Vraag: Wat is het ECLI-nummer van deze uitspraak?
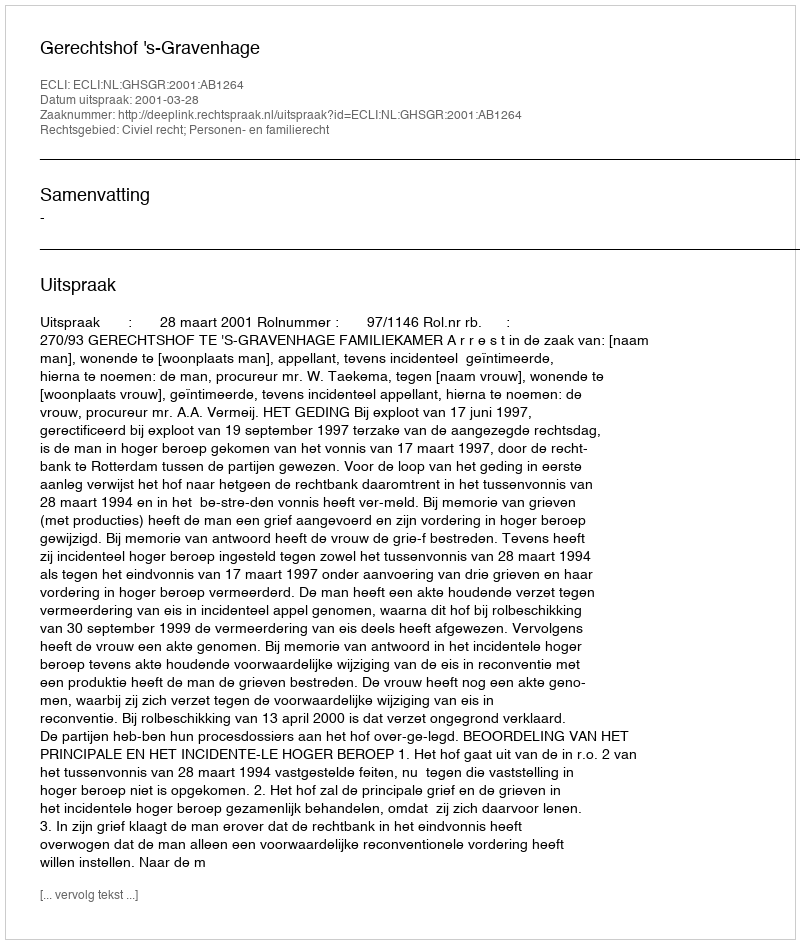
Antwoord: ECLI:NL:GHSGR:2001:AB1264